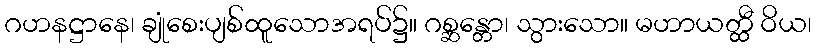
ဂဟနဋ္ဌာနေ၊ ချုံစေးပျစ်ထူသောအရပ်၌။ ဂစ္ဆန္တော၊ သွားသော။ မဟာယတ္ထီ ဝိယ၊